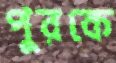
পুরকে